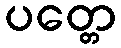
ပတ္တေ